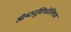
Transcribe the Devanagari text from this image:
ऑब्ट्यूसिफ़ोलियम